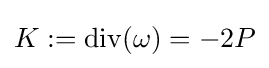
K:=\operatorname {div} (\omega )=-2P